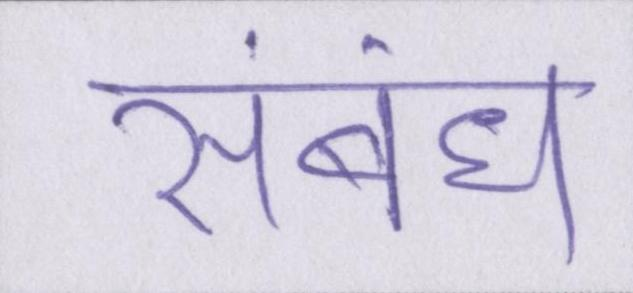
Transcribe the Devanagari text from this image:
संबंध